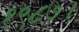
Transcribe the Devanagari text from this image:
१९८७।